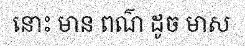
នោះ មាន ពណ៌ ដូច មាស